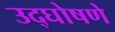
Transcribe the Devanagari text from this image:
उद्घोषणे